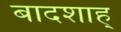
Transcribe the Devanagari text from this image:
बादशाह्